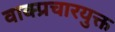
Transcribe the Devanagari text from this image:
वाक्प्रचारयुक्त